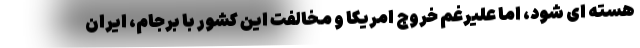
هسته ای شود، اما علیرغم خروج امریکا و مخالفت این کشور با برجام، ایران